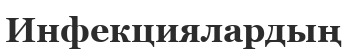
Инфекциялардың